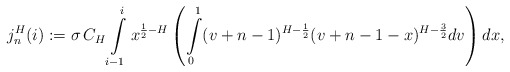
\begin{align*} j_n^H(i):=\sigma\, C_H \int\limits_{i-1}^{i}x^{\frac{1}{2}-H}\left(\int\limits_0^1 (v+n-1)^{H-\frac{1}{2}} (v+n-1-x)^{H-\frac{3}{2}}dv\right) dx,\end{align*}